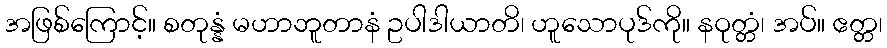
အဖြစ်ကြောင့်။ စတုန္နံ မဟာဘူတာနံ ဥပါဒါယာတိ၊ ဟူသောပုဒ်ကို။ နဝုတ္တံ၊ အပ်။ ဧတ္တ၊